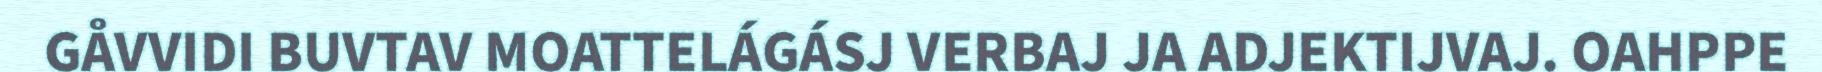
GÅVVIDI BUVTAV MOATTELÁGÁSJ VERBAJ JA ADJEKTIJVAJ. OAHPPE